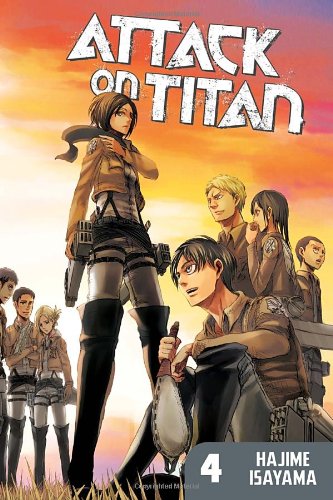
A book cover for Attack on Titan 4; Hajime Isayama; Comics & Graphic Novels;